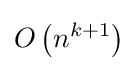
O\left(n^{k+1}\right)